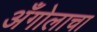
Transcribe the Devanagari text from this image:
अँगोलाचा